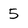
Character: 5